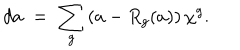
d a \; = \; \sum _ { g } \left( a - R _ { g } ( a ) \right) \chi ^ { g } .